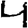
Digit: 4